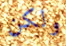
ولكن